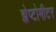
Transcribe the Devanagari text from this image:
झेप्टोमीटर